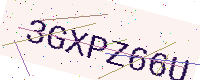
Text: 3GXPZ66U